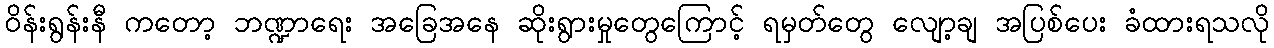
ဝိန်းရွန်းနီ ကတော့ ဘဏ္ဍာရေး အခြေအနေ ဆိုးရွားမှုတွေကြောင့် ရမှတ်တွေ လျော့ချ အပြစ်ပေး ခံထားရသလို